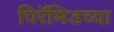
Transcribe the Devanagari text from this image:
पिरॅमिडच्या